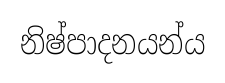
නිෂ්පාදනයන්ය